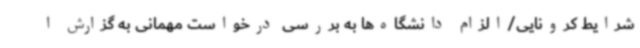
شرایط کرونایی/الزام دانشگاه‌ها به بررسی درخواست مهمانی به گزارش ا